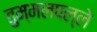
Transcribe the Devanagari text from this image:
तुम्मलपल्ले